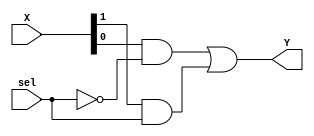
// 2:1 multiplexer gate-level model
module mux2to1(
    output Y,
    input [1:0] X,
    input sel
);
wire k1,k2;

and G1(k1,X[0],~sel),
    G2(k2,X[1],sel);
or G3(Y,k1,k2);

endmodule